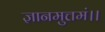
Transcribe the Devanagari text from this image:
ज्ञानमुत्तमं।।